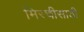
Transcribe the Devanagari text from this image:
मिरचीसाठी